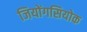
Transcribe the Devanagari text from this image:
जियोंगसियोक